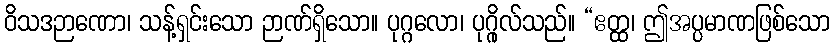
ဝိသဒဉာဏော၊ သန့်ရှင်းသော ဉာဏ်ရှိသော။ ပုဂ္ဂလော၊ ပုဂ္ဂိုလ်သည်။ “ဧတ္ထ၊ ဤအပ္ပမာဏဖြစ်သော